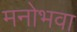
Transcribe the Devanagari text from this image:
मनोभवा